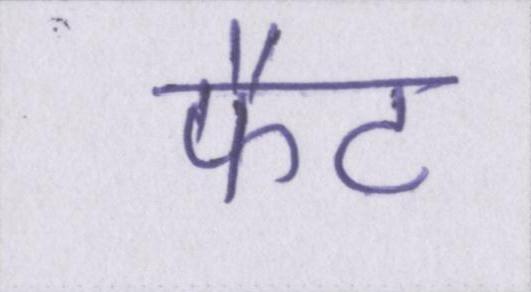
फैट